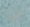
أبدء